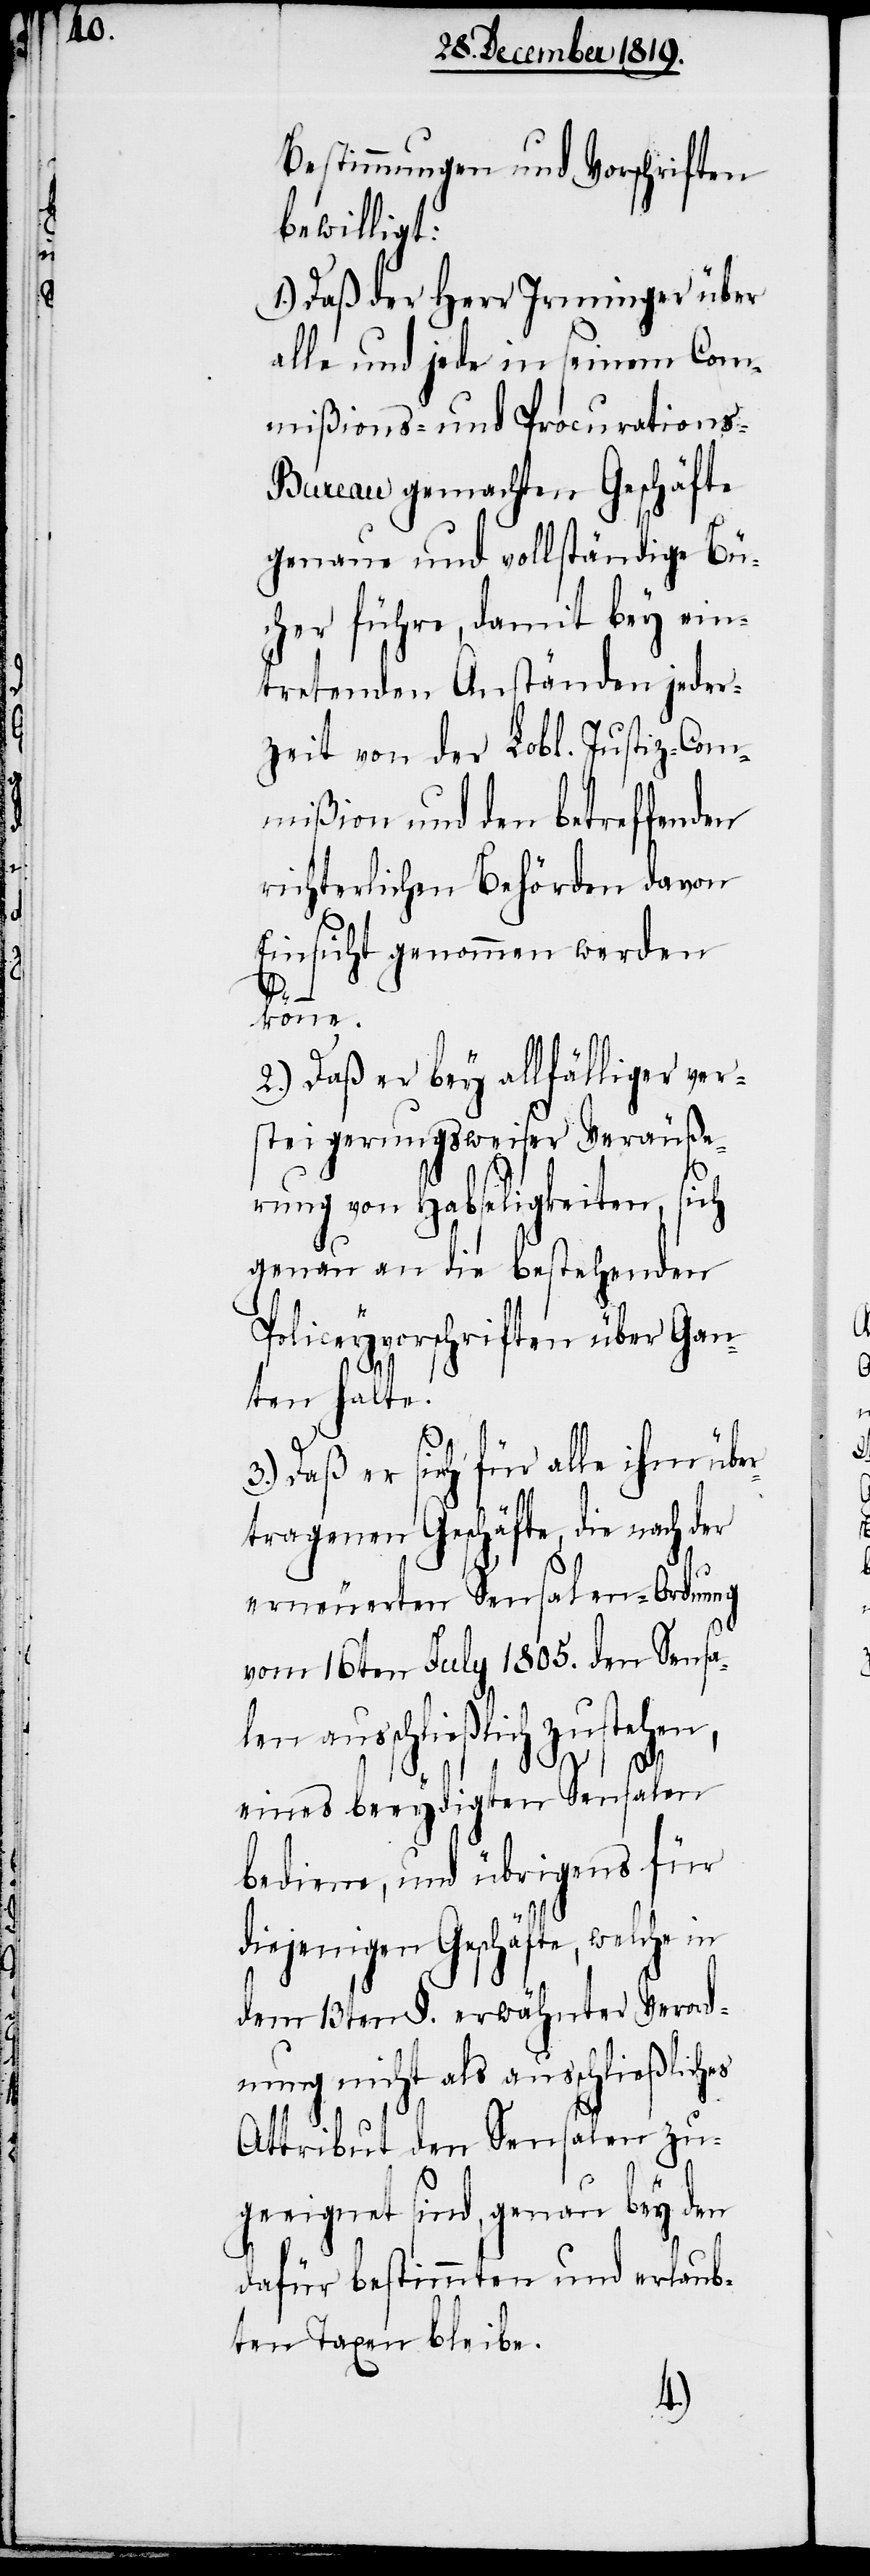
Bestimmungen und Vorschriften
bewilligt:
1.) Daß der Herr Irminger über
alle und jede in seinem Com¬
mißions- und Procurations-B¬
ureau gemachten Geschäfte
genaue und vollständige Bü¬
cher führe, damit bey ein¬
tretenden Anständen jeder¬
zeit von der Lobl. Justiz-Com¬
mißion und den betreffenden
richterlichen Behörden davon
Einsicht genommen werden
könne.
2.) Daß er bey allfälliger ver¬
steigerungsweiser Veräuße¬
rung von Habseligkeiten, sich
genau an die bestehenden
Policeyvorschriften über Gan¬
ten halte.
3.) Daß er sich für alle ihm übe¬
rtragenen Geschäfte, die nach der
erneuerten Sensalen-Ordnung
vom 16ten July 1805. den Sensa¬
len ausschließlich zustehen,
eines beeydigten Sensalen
bediene, und übrigens für
diejenigen Geschäfte, welche in
dem 13ten §. erwähnter Verord¬
nung nicht als ausschließliches
Attribut den Sensalen zu¬
geeignet sind, genau bey den
dafür bestimmten und erlaub¬
ten Taxen bleibe.